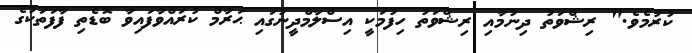
ކުރުމެވެ." ރިޝްވަތު ދިނުމާއި ރިޝްވަތު ހިފުމަކީ އިސްލާމްދީނުގައި ޙަރާމް ކުރައްވާފައިވާ ބޮޑެތި ފާފަތަކުގެ